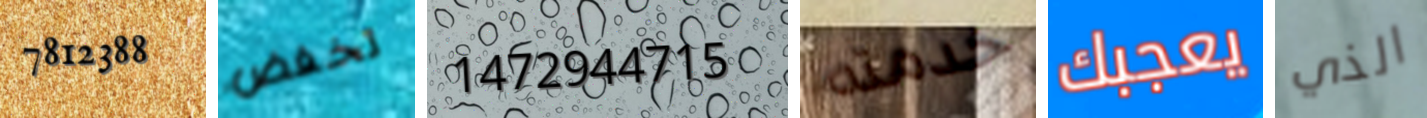
7812388 تخفض 1472944715 خدمته يعجبك الذي